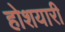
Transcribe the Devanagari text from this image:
होशयारी